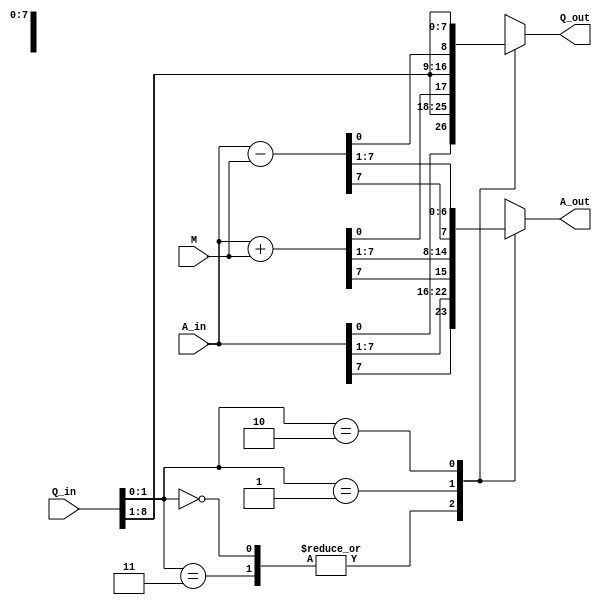
`timescale 1ns / 1ps
//////////////////////////////////////////////////////////////////////////////////
// Company: 
// Engineer: 
// 
// Design Name: 
// Module Name:    booth 
// Project Name: 
// Target Devices: 
// Tool versions: 
// Description: 
//
// Dependencies: 
//
// Revision: 
// Revision 0.01 - File Created
// Additional Comments: 
//
//////////////////////////////////////////////////////////////////////////////////
module booth(
   input [7:0] A_in,
    input [7:0] M,
    input [8:0] Q_in,
    output [7:0] A_out,
	 output [8:0] Q_out
    );
	 
reg [7:0] A_temp;
reg [8:0] Q_temp;

wire [7:0] A_sum=A_in+M;
wire [8:0] A_sub=A_in-M;

always@(A_in,M,Q_in,A_sum,A_sub)
begin

	case(Q_in[1:0])
	2'b00,2'b11: begin
				    A_temp<={A_in[7],A_in[7:1]};
					 Q_temp<={A_in[0],Q_in[8:1]};

					end
	2'b01: begin
				    A_temp<={A_sum[7],A_sum[7:1]};
					 Q_temp<={A_sum[0],Q_in[8:1]};

					end
					
	2'b10: begin
				    A_temp<={A_sub[7],A_sub[7:1]};
					 Q_temp<={A_sub[0],Q_in[8:1]};

					end
	endcase
end
assign A_out=A_temp;
assign Q_out=Q_temp;



endmodule